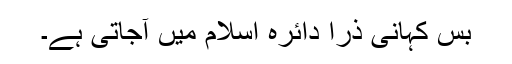
بس کہانی ذرا دائرہ اسلام میں آجاتی ہے۔